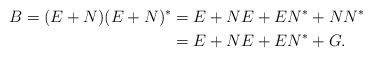
\begin{align*}B=(E+N)(E+N)^* & = E+NE+EN^*+NN^*\\& = E+NE+EN^*+G.\end{align*}